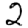
Digit: 2